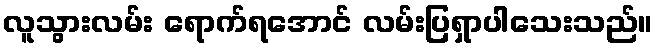
လူသွားလမ်း ရောက်ရအောင် လမ်းပြရှာပါသေးသည်။